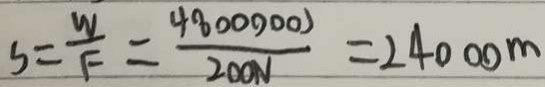
S = \frac { W } { F } = \frac { 4 8 0 0 0 0 0 0 } { 2 0 0 N } = 2 4 0 0 0 m